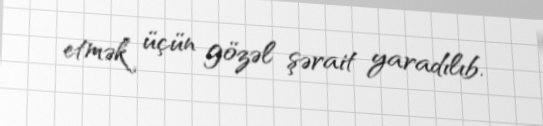
etmək üçün gözəl şərait yaradılıb.